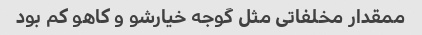
ممقدار مخلفاتی مثل گوجه خیارشو و کاهو کم بود